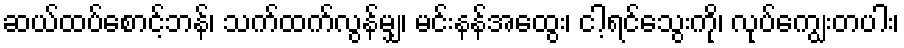
ဆယ်ထပ်စောင့်ဘန်၊ သက်ထက်လွန်မျှ၊ မင်းနန်အထွေး၊ ငါ့ရင်သွေးကို၊ လုပ်ကျွေးတပါး၊